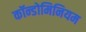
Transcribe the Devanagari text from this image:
कॉन्डोमिनियम